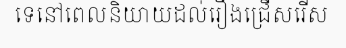
ទេនៅពេលនិយាយដល់រឿងជ្រើសរើស